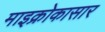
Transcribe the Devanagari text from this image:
माइक्रोकासार